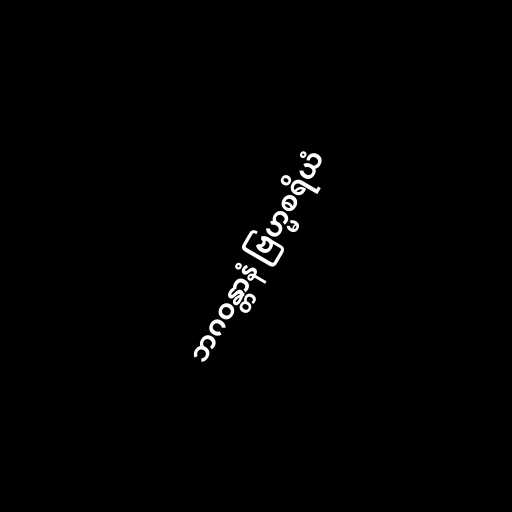
ဘဂဝန္တာနံ ဗြဟ္မစရိယံ